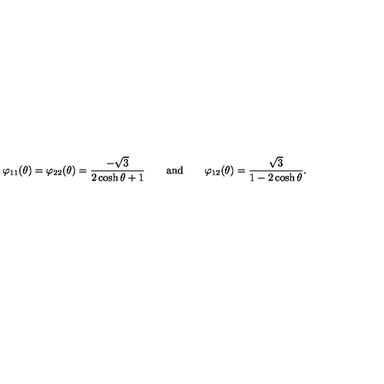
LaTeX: \varphi _ { 1 1 } ( \theta ) = \varphi _ { 2 2 } ( \theta ) = \frac { - \sqrt { 3 } } { 2 \cosh \theta + 1 } \qquad \mathrm { a n d } \qquad \varphi _ { 1 2 } ( \theta ) = \frac { \sqrt { 3 } } { 1 - 2 \cosh \theta } .